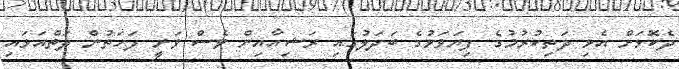
ދެކޮޅަށް އެޅި ދަތިކުރުމުގެ ފިޔަވަޅުގެ ބަދަލުގައި ރަޝިއާއިން ވެސް ވަނީ ފަހަތުން ދަތްއަޅައި